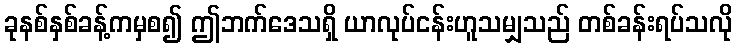
ခုနစ်နှစ်ခန့်ကမှစ၍ ဤဘက်ဒေသရှိ ယာလုပ်ငန်းဟူသမျှသည် တစ်ခန်းရပ်သလို